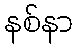
နစ်နာ